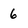
Character: 6